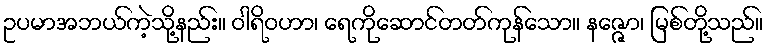
ဥပမာအဘယ်ကဲ့သို့နည်း။ ဝါရိဝဟာ၊ ရေကိုဆောင်တတ်ကုန်သော။ နဇ္ဇော၊ မြစ်တို့သည်။